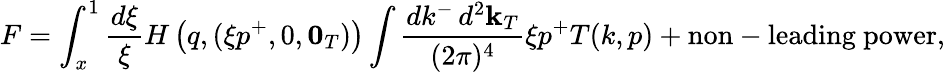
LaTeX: F=\int_{x}^{1}\frac{d\xi}{\xi}H\left(q,(\xi p^{+},0,{\mathbf 0}_{T})\right)\int\frac{dk^{-}\, d^{2}{\mathbf k}_{T}}{(2\pi)^{4}}\xi p^{+}T(k,p)+\mathrm{non-leading~power},